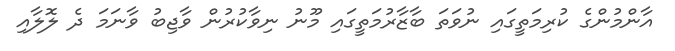
އާންމުންގެ ކުރިމަތީގައި ނުވަތަ ބާޒާރުމަތީގައި މޫނު ނިވާކުރުން ވާޖިބު ވާނަމަ ދެ ލޮލާއި